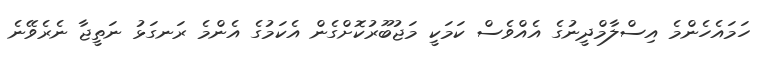
ހަމައެހެންމެ އިސްލާމްދީނުގެ އެއްވެސް ކަމަކީ މަޖުބޫރުކޮށްގެން އެކަމުގެ އެންމެ ރަނގަޅު ނަތީޖާ ނެރެވޭނެ